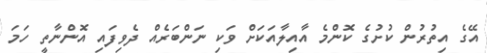
އޭގެ އިތުރުން ކުށުގެ ކޮންމެ އާއިލާއަކަށް ވަކި ނަންބަރެއް ދެވިފައި އޮންނާތީ ހަމަ